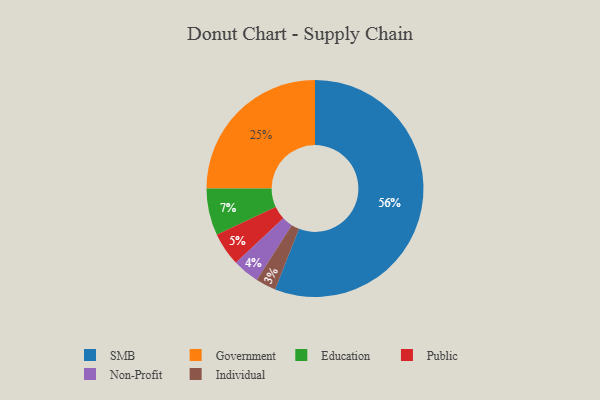
{"axis": {"x": "Category", "y": "Percentage"}, "legend": ["Education", "Government", "Individual", "Non-Profit", "Public", "SMB"], "data": [{"x": "SMB", "y": 56, "type": "SMB"}, {"x": "Individual", "y": 3, "type": "Individual"}, {"x": "Public", "y": 5, "type": "Public"}, {"x": "Education", "y": 7, "type": "Education"}, {"x": "Government", "y": 25, "type": "Government"}, {"x": "Non-Profit", "y": 4, "type": "Non-Profit"}]}